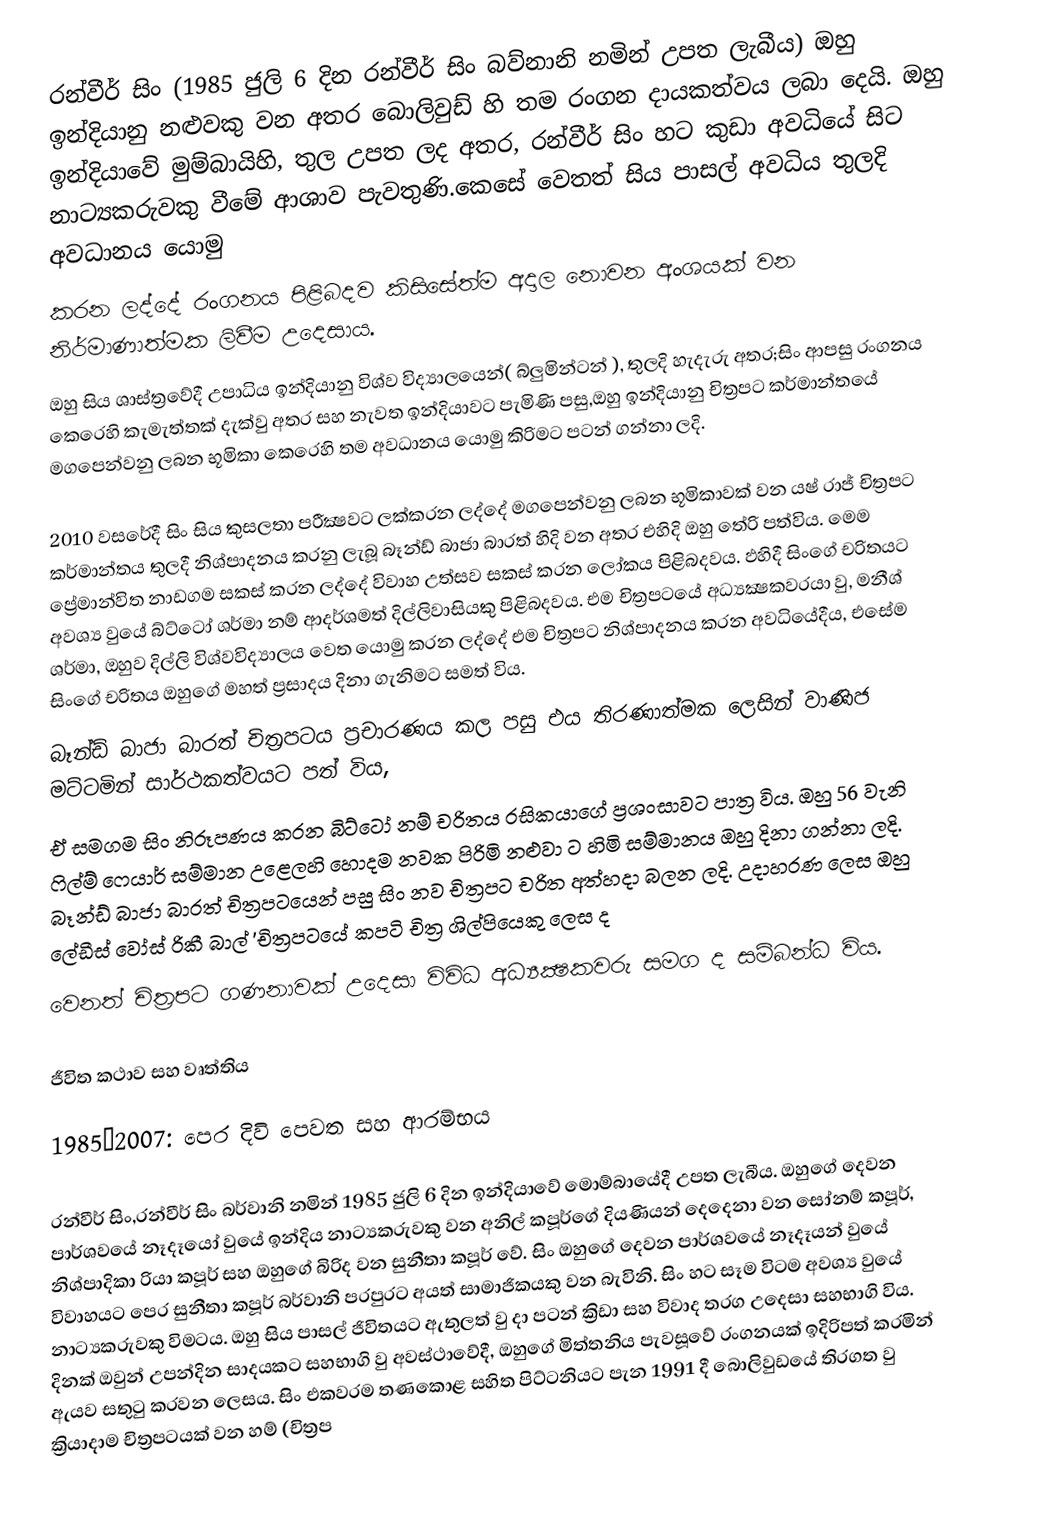
රන්වීර් සිං (1985 ජුලි 6 දින රන්වීර් සිං බව්නානි නමින් උපත ලැබීය) ඔහු ඉන්දියානු නළුවකු වන අතර බොලිවුඩ් හි තම රංගන දායකත්වය ලබා දෙයි. ඔහු ඉන්දියාවේ මුම්බායිහි, තුල උපත ලද අතර, රන්වීර් සිං හට කුඩා අවධියේ සිට නාට්‍යකරුවකු වීමේ ආශාව පැවතුණි.කෙසේ වෙතත් සිය පාසල් අවධිය තුලදි අවධානය යොමු
කරන ලද්දේ රංගනය පිළිබදව කිසිසේත්ම අදාල නොවන අංශයක් වන නිර්මාණාත්මක ලිවීම උදෙසාය.
ඔහු සිය ශාස්ත්‍රවේදී උපාධිය ඉන්දියානු විශ්ව විද්‍යාලයෙන්( බ්ලුමින්ටන් ), තුලදි හැදැරු අතර;සිං ආපසු රංගනය කෙරෙහි කැමැත්තක් දැක්වු අතර සහ නැවත ඉන්දියාවට පැමිණි පසු,ඔහු ඉන්දියානු  චිත්‍රපට කර්මාන්තයේ මගපෙන්වනු ලබන භූමිකා කෙරෙහි තම අවධානය යොමු කිරිමට පටන් ගන්නා ලදි.

2010 වසරේදී සිං සිය කුසලතා පරීක්‍ෂවට ලක්කරන ලද්දේ මගපෙන්වනු ලබන භූමිකාවක් වන යෂ් රාජ් චිත්‍රපට කර්මාන්තය තුලදී නිශ්පාදනය කරනු ලැබූ බෑන්ඩ් බාජා බාරත් හිදි වන අතර එහිදි ඔහු තේරි පත්විය. මෙම ප්‍රේමාන්විත නාඩගම සකස් කරන ලද්දේ විවාහ උත්සව සකස් කරන ලෝකය පිළිබදවය. ඵහිදී සිංගේ චරිතයට අවශ්‍ය වුයේ බ්ට්ටෝ ශර්මා නම් ආදර්ශමත් දිල්ලිවාසියකු පිළිබදවය. එම චිත්‍රපටයේ අධ්‍යක්‍ෂකවරයා වු, මනීශ් ශර්මා, ඔහුව දිල්ලි විශ්වවිද්‍යාලය වෙත යොමු කරන ලද්දේ එම චිත්‍රපට නිශ්පාදනය කරන අවධියේදීය, එසේම සිංගේ චරිතය ඔහුගේ මහත් ප්‍රසාදය දිනා ගැනිමට සමත් විය.
බෑන්ඩ් බාජා බාරත් චිත්‍රපටය ප්‍රචාරණය කල පසු එය තිරණාත්මක ලෙසින් වාණිජ මට්ටමින් සාර්ථකත්වයට පත් විය,
ඒ සමගම සිං නිරූපණය කරන බිට්ටෝ නම් චරිතය රසිකයාගේ  ප්‍රශංසාවට පාත්‍ර විය. ඔහු 56 වැනි ෆිල්ම් ෆෙයාර් සම්මාන උළෙලහි  හොදම නවක පිරිමි නළුවා  ට හිමි සම්මානය ඔහු දිනා ගන්නා ලදි.  බෑන්ඩ් බාජා බාරත්  චිත්‍රපටයෙන් පසු සිං නව චිත්‍රපට චරිත අත්හදා බලන ලදි. උදාහරණ ලෙස ඔහු ලේඩීස් වෝස් රිකී බාල් 'චිත්‍රපටයේ කපටි චිත්‍ර ශිල්පියෙකු ලෙස ද
වෙනත් චිත්‍රපට ගණනාවක් උදෙසා විවිධ අධ්‍යක්‍ෂකවරු සමග ද සම්බන්ධ විය.

ජීවිත කථාව සහ වෘත්තිය

1985–2007: පෙර දිවි පෙවත සහ ආරම්භය

රන්වීර් සිං,රන්වීර් සිං බර්වානි නමින් 1985 ජුලි 6 දින ඉන්දියාවේ මොම්බායේදී උපත ලැබීය. ඔහුගේ දෙවන පාර්ශවයේ නෑදෑයෝ වුයේ ඉන්දිය නාට්‍යකරුවකු වන අනිල් කපූර්ගේ දියණියන් දෙදෙනා වන සෝනම් කපූර්, නිශ්පාදිකා රියා කපූර් සහ ඔහුගේ බිරිද වන සුනීතා කපූර් වේ. සිං ඔහුගේ දෙවන පාර්ශවයේ නෑදෑයන් වුයේ විවාහයට පෙර සුනීතා කපූර් බර්වානි පරපුරට අයත් සාමාජිකයකු වන බැවිනි. සිං හට සෑම විටම අවශ්‍ය වුයේ නාට්‍යකරුවකු විමටය. ඔහු සිය පාසල් ජිවිතයට ඇතුලත් වු දා පටන් ක්‍රිඩා සහ විවාද තරග උදෙසා සහභාගි විය. දිනක් ඔවුන් උපන්දින සාදයකට සහභාගි වු අවස්ථාවේදී, ඔහුගේ මිත්තනිය පැවසූවේ රංගනයක් ඉදිරිපත් කරමින් ඇයව සතුටු කරවන ලෙසය. සිං එකවරම තණකොළ සහිත පිට්ටනියට පැන 1991 දී බොලිවුඩයේ තිරගත වු ක්‍රියාදාම චිත්‍රපටයක් වන හම් (චිත්‍රප